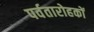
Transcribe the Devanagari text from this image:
पर्वतारोहकों